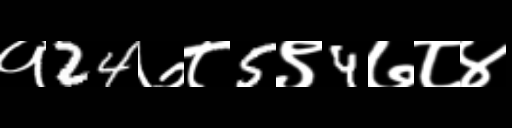
Text: १24७८5९4७८४